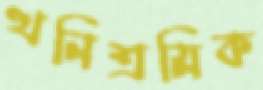
খনিশ্রমিক